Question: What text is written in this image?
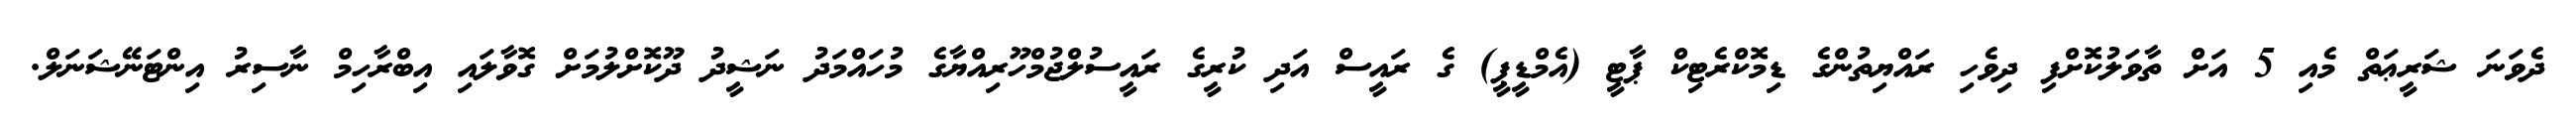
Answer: ދެވަނަ ޝަރީޢަތް މެއި 5 އަށް ތާވަލުކޮށްފި ދިވެހި ރައްޔިތުންގެ ޑިމޮކްރެޓިކް ޕާޓީ (އެމްޑީޕީ) ގެ ރައީސް އަދި ކުރީގެ ރައީސުލްޖުމްހޫރިއްޔާގެ މުހައްމަދު ނަޝީދު ދޫކޮށްލުމަށް ގޮވާލައި އިބްރާހިމް ނާސިރު އިންޓަނޭޝަނަލް.